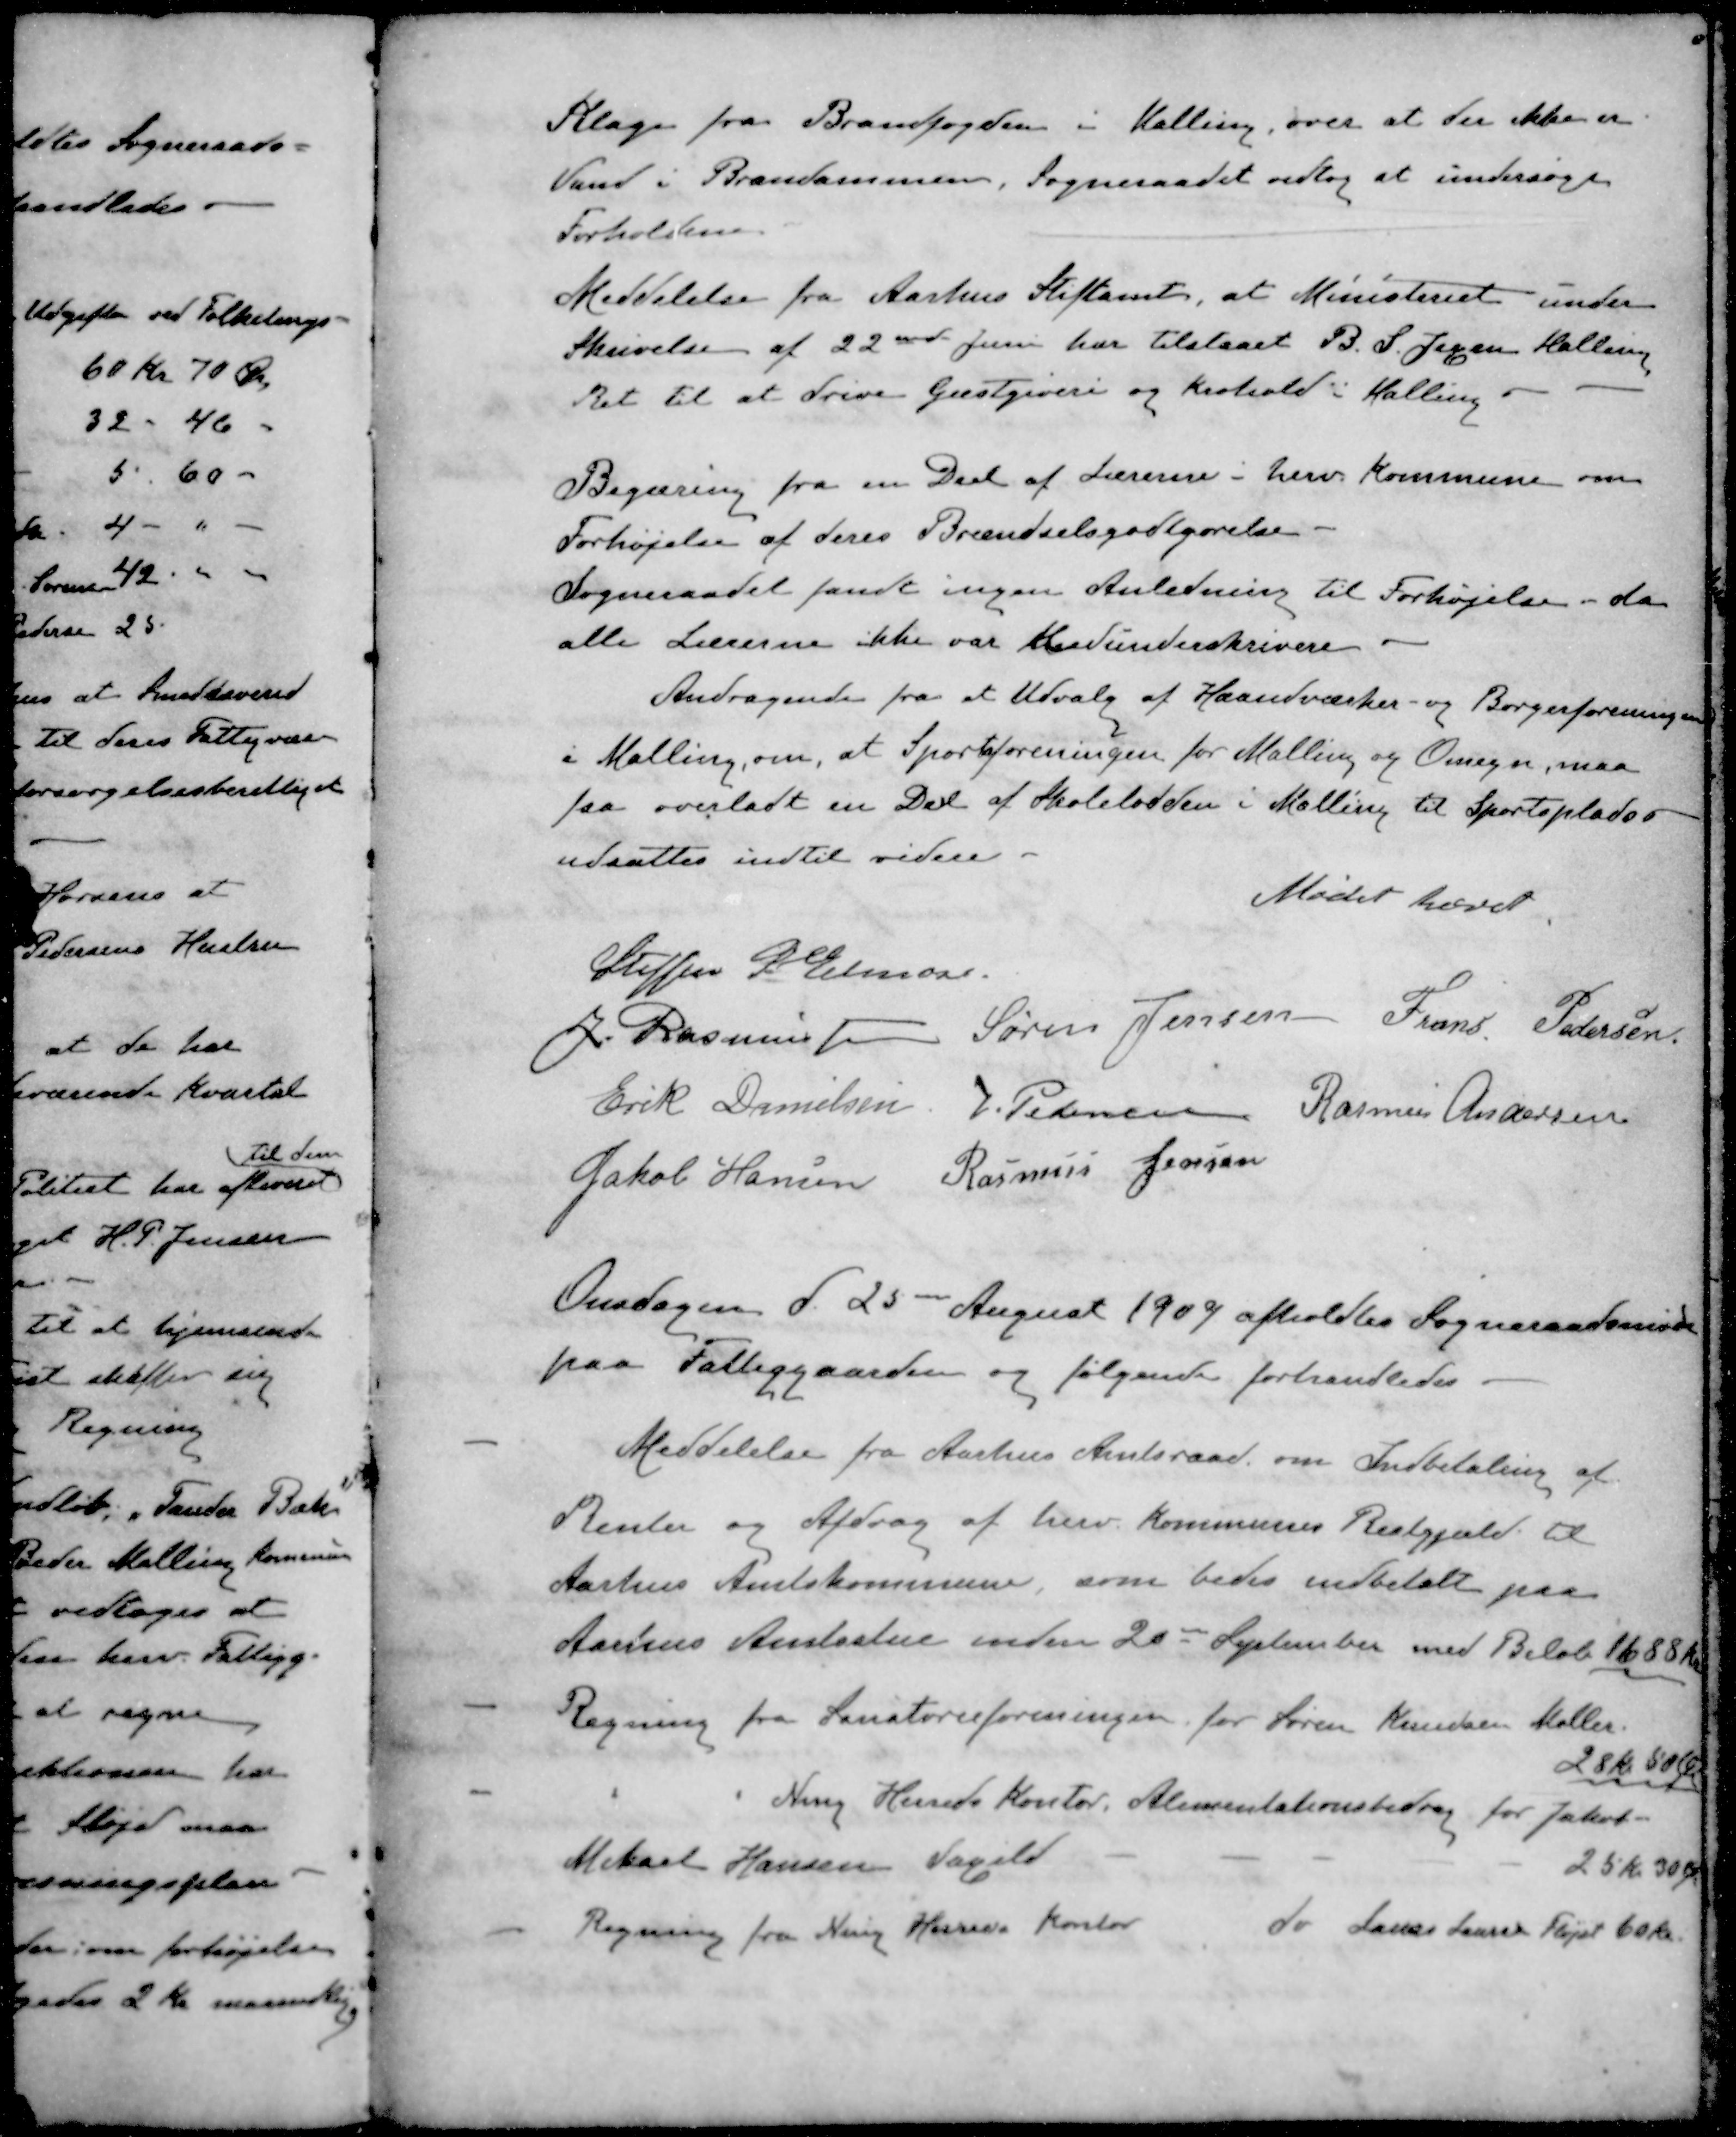
Transskription:
Klage fra Brandfogden i Malling, over at der ikke er
Vand i Brandammen, Sogneraadet vedtog at undersøge
Forholdene
Meddelelse fra Aarhus Stiftamt, at Ministeriet under
Skrivelse af 22ende Juni har tilstaaet B. S. Jegsen Malling
Ret til at drive Gæstgiveri og Krohold i Malling
Begæring fra en Deel af Lærerne i herv. Kommune om
Forhøjelse af deres Brændselsgodtgørelse
Sogneraadet fandt ingen Anledning til Forhøjelse - da
alle Lærerne ikke var Medunderskrivere
Andragende fra et Udvalg af Haandværker- og Borgerforeningen
i Malling om, at Sportsforeningen for Malling og Omegn, maa
faa overladt en Del af Skolelodden i Malling til Sportsplads
udsattes indtil videre.
Mødet hævet
Steffen P. Elmose.
J. Rasmussen
Søren Jensen
Frans Pedersen
Erik Danielsen
J. Pedersen
Rasmus Andersen
Jakob Hansen
Rasmus Jensen
Onsdagen d. 25 August 1909 afholdtes Sogneraadsmøde
paa Fattiggaarden og følgende forhandledes.
- Meddelelse fra Aarhus Amtsraad om Indbetaling af
Renter og Afdrag af herv. Kommunes Restgjæld til
Aarhus Amtskommune som bedes indbetalt paa
Aarsus Amtsstue inden 20de September med Beløb 1688 Kr
- Regning fra Sanatorieforeningen for Søren Knudsen Møller
28 Kr 50 Øre
- " " Ning Herreds Kontor, Alimentationsbidrag for Jakob
Mikael Hansen Saxild
25 Kr. 30 Ør
- Regning fra Ning Herreds kontor do Laurs Larsen Fløjst 60 Kr.